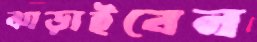
ঝাড়াইবেন